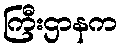
ကြီးဌာနက